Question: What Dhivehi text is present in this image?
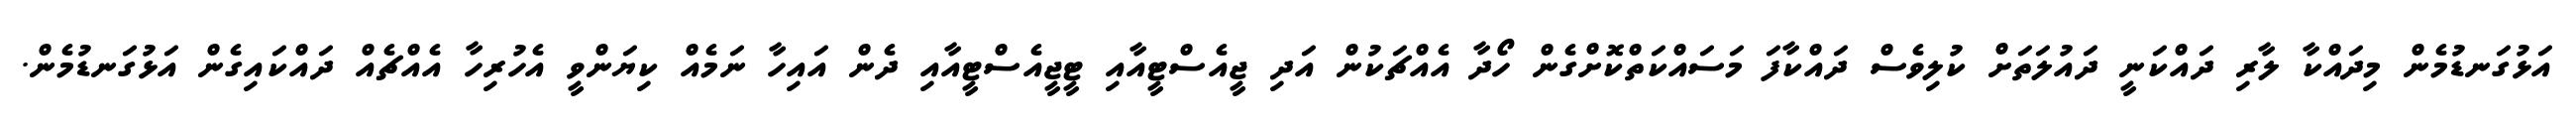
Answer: އަޅުގަނޑުމެން މިދައްކާ ލާރި ދައްކަނީ ދައުލަތަށް ކުލިވެސް ދައްކާފަ މަސައްކަތްކޮށްގެން ހޯދާ އެއްޗަކުން އަދި ޖީއެސްޓީއާއި ޓީޖީއެސްޓީއާއި ދެން އައިހާ ނަމެއް ކިޔަންވީ އެހުރިހާ އެއްޗެއް ދައްކައިގެން އަޅުގަނޑުމެން.